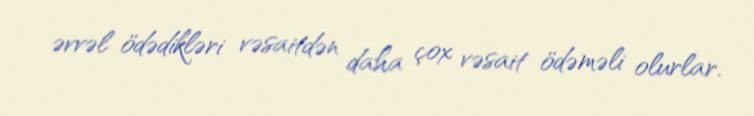
əvvəl ödədikləri vəsaitdən daha çox vəsait ödəməli olurlar.